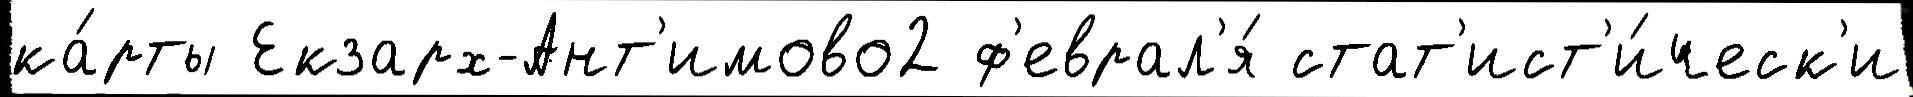
ка́рты Екзарх-Ант'имово2 ф'еврал'я́ стат'ист'и́ческ'и